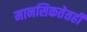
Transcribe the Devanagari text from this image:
मानसिकतेतही